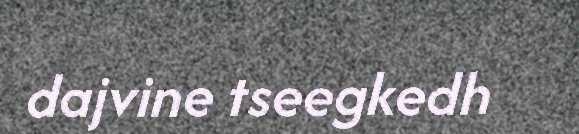
dajvine tseegkedh